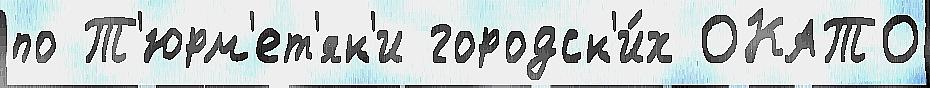
по Т'юрм'ет'як'и городск'и́х ОКАТО